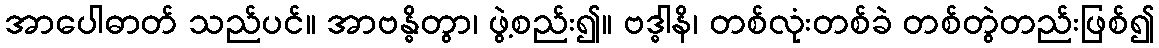
အာပေါဓာတ် သည်ပင်။ အာဗန္ဓိတွာ၊ ဖွဲ့စည်း၍။ ဗဒ္ဓါနိ၊ တစ်လုံးတစ်ခဲ တစ်တွဲတည်းဖြစ်၍